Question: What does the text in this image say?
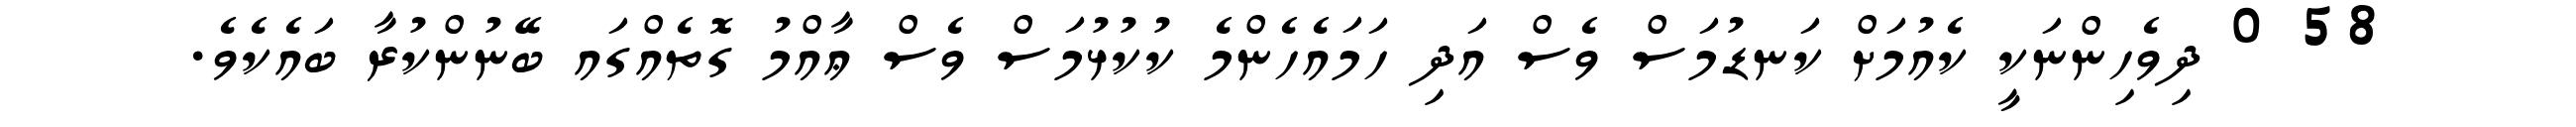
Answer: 58 0 ދިވެހިންނަކީ ކެއުމަށް ކަނޑުމަސް ވެސް އަދި ހަމައެހެންމެ ކުކުޅުމަސް ވެސް ޢާއްމު ގޮތެއްގައ ބޭނުންކުރާ ބައެކެވެ.